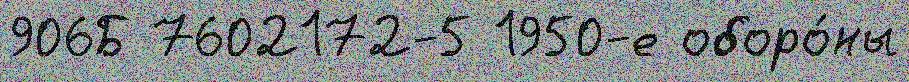
906Б 7602172-5 1950-е оборо́ны